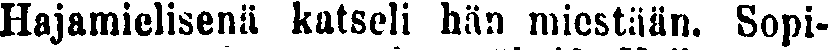
Hajamielisenä katseli hän miestään. Sopi-